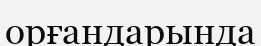
орғандарында